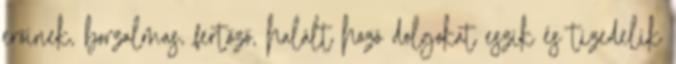
erőinek, borzalmas, fertőző, halált hozó dolgokat eszik és tizedelik